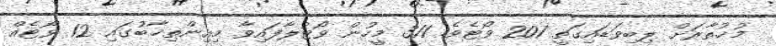
މުޚުތާރަށް ލިބިވަޑައިގަތީ 201 ވޯޓެވެ. 311 މީހުން ވޯޓުލާފައިވާ މިއިންތިޚާބުގައި 12 ވޯޓެއް